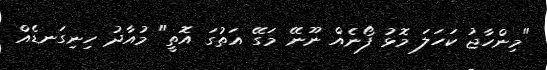
"މިންހާޖު ކަހަލަ މޮޅު ފޯނެއް ނޫނޭ މަގޭ އަތުގަ އޮތީ" މުއާދު ހިނިގަނޑެއް